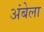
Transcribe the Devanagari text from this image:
अंबेला